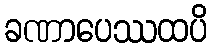
ခဏာပေဿထပိ